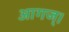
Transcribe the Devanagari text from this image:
आगज्।